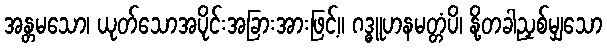
အန္တမသော၊ ယုတ်သောအပိုင်းအခြားအားဖြင့်။ ဂဒ္ဓူဟနမတ္တံပိ၊ နို့တခါညှစ်မျှသော